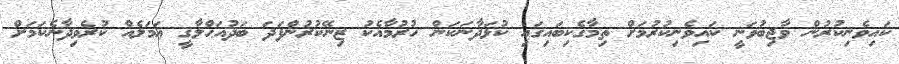
ކައިވެނިކުރުން ވާޖިބުވަނީ ކައިވެނިކުރުމަށް ތިމާގެކިބައިގައި ކުޅަދާނަކަން ހުރުމާއެކު ޒިނޭކުރުންފަދަ ބަދުއަޙްލާޤީ ޢަމަލެއް ކުރެވިދާނެކަމަށް